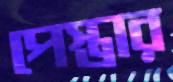
পেস্তার